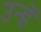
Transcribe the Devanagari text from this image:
उन्हॅ